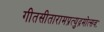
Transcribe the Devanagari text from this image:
गीतसीतारामप्रत्युद्गमोत्सवः